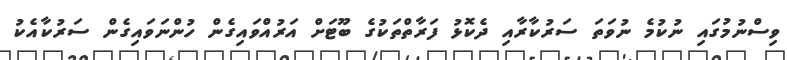
ވިސްނުމުގައި ނުކުމެ ނުވަތަ ސަރުކާރާއި ދެކޮޅު ފަރާތްތަކުގެ ބޫޓަށް އަރުއްވައިގެން ހުންނަވައިގެން ސަރުކާއެކު